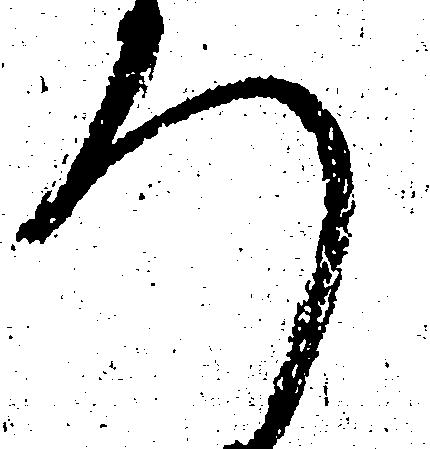
ろ